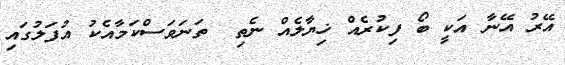
އޭރު އޭނާ އަކީ ބޯ ފިކުރެއް ޚިޔާލެއް ނެތި  ތަނަވަސްކަމާއެކު އުފަލުގައި